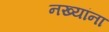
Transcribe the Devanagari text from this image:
नख्यांना